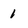
Character: 1